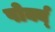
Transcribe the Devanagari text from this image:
पोर्क्य्